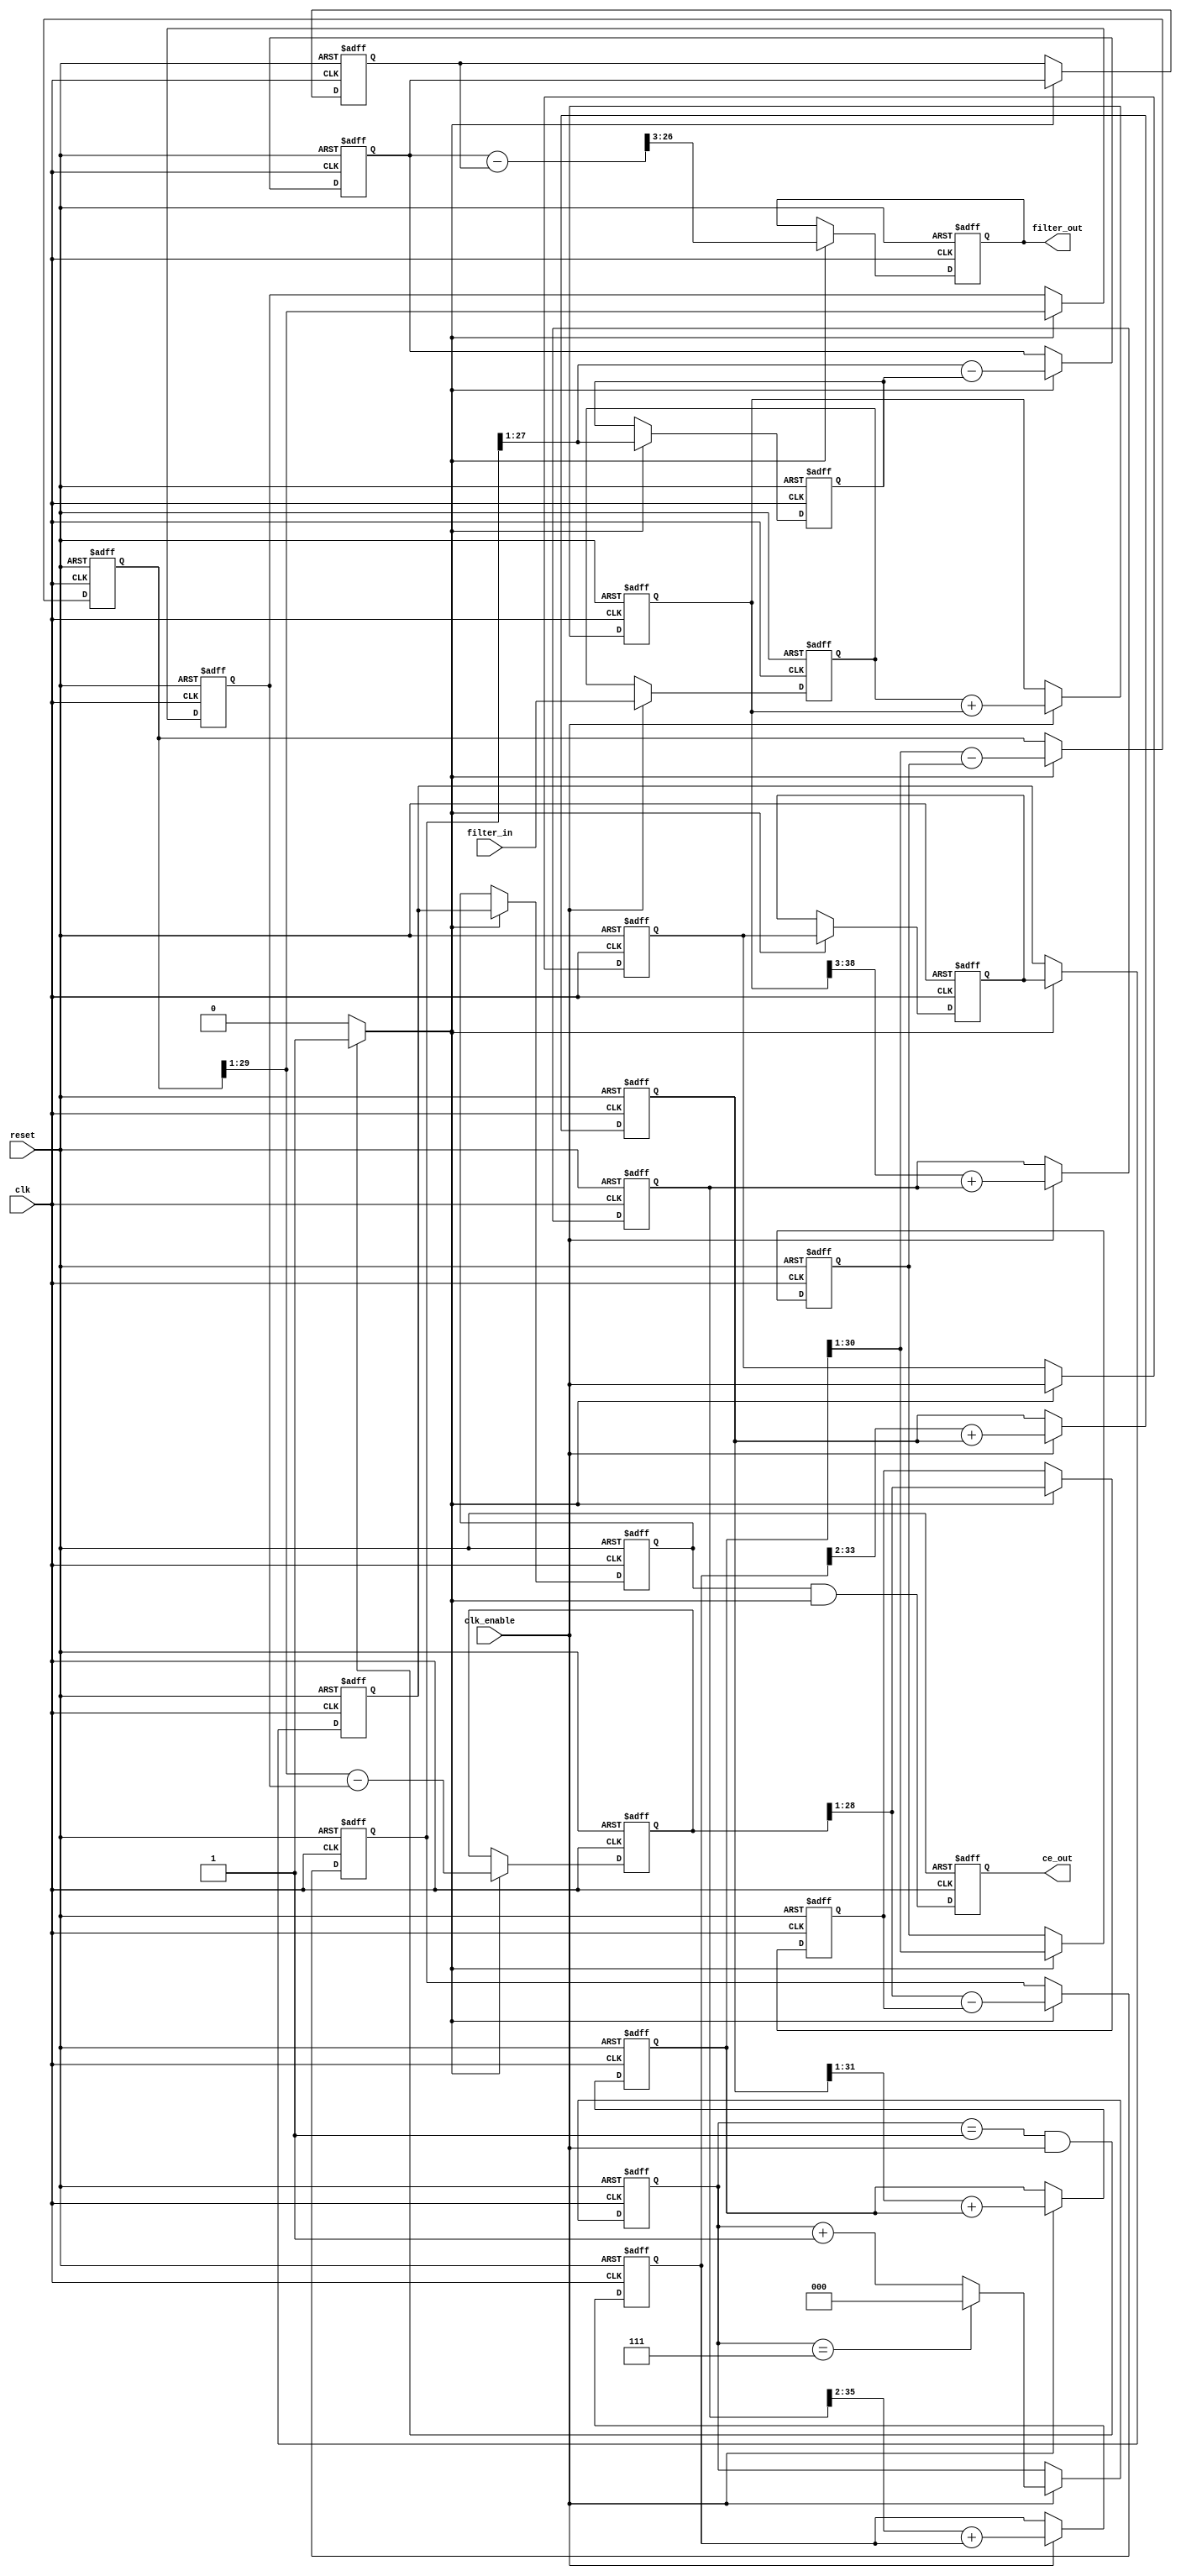
// -------------------------------------------------------------
//
// Module: cic_8_1_5_nofraction
//
// Generated by MATLAB(R) 7.2 and the Filter Design HDL Coder 1.4.
//
// Generated on: 2007-05-24 16:17:33
//
// -------------------------------------------------------------

// -------------------------------------------------------------
// HDL Code Generation Options:
//
// TargetLanguage: Verilog
// Name: cic_8_1_5_nofraction
// TargetDirectory: c:\HPSDR\trunk\VK6APH\Mercury\Matlab-files
// FIRAdderStyle: tree
// CoeffMultipliers: csd
// SerialPartition: -1
// AddPipelineRegisters: On
// CastBeforeSum: On
//
// Filter Settings:
//
// Discrete-Time FIR Multirate Filter (real)
// -----------------------------------------
// Filter Structure        : Cascaded Integrator-Comb Decimator
// Decimation Factor       : 8
// Differential Delay      : 1
// Number of Sections      : 5
// Stable                  : Yes
// Linear Phase            : Yes (Type 2)
//
// Input                   : s24,0
// Output                  : s24,-15
// Filter Internals        : Minimum Word Lengths
//   Integrator Section 1  : s39,0
//   Integrator Section 2  : s36,-3
//   Integrator Section 3  : s34,-5
//   Integrator Section 4  : s32,-7
//   Integrator Section 5  : s31,-8
//   Comb Section 1        : s30,-9
//   Comb Section 2        : s29,-10
//   Comb Section 3        : s28,-11
//   Comb Section 4        : s27,-12
//   Comb Section 5        : s27,-12
//
// Implementation Cost
// Number of Multipliers : 0
// Number of Adders      : 10
// Number of States      : 10
// MultPerInputSample    : 0
// AddPerInputSample     : 5.625
// -------------------------------------------------------------

`timescale 1 ns / 1 ns

module cic_8_1_5_nofraction 
               (
                clk,
                clk_enable,
                reset,
                filter_in,
                filter_out,
                ce_out
                );

  input   clk; 
  input   clk_enable; 
  input   reset; 
  input   signed [23:0] filter_in; //sfix24
  output  signed [23:0] filter_out; //sfix24_E15
  output  ce_out; 

////////////////////////////////////////////////////////////////
//Module Architecture: cic_8_1_5_nofraction
////////////////////////////////////////////////////////////////
  // Local Functions
  // Type Definitions
  // Constants
  // Signals
  reg  [2:0] cur_count; // ufix3
  wire phase_1; // boolean
  wire ce_delayline; // boolean
  reg  int_delay_pipe [0:3] ; // boolean
  wire ce_gated; // boolean
  reg  ce_out_reg; // boolean
  //   
  reg  signed [23:0] input_register; // sfix24
  //   -- Section 1 Signals 
  wire signed [23:0] section_in1; // sfix24
  wire signed [38:0] section_cast1; // sfix39
  wire signed [38:0] sum1; // sfix39
  reg  signed [38:0] section_out1; // sfix39
  wire signed [38:0] add_cast; // sfix39
  wire signed [38:0] add_cast_1; // sfix39
  wire signed [39:0] add_temp; // sfix40
  //   -- Section 2 Signals 
  wire signed [38:0] section_in2; // sfix39
  wire signed [35:0] section_cast2; // sfix36_E3
  wire signed [35:0] sum2; // sfix36_E3
  reg  signed [35:0] section_out2; // sfix36_E3
  wire signed [35:0] add_cast_2; // sfix36_E3
  wire signed [35:0] add_cast_3; // sfix36_E3
  wire signed [36:0] add_temp_1; // sfix37_E3
  //   -- Section 3 Signals 
  wire signed [35:0] section_in3; // sfix36_E3
  wire signed [33:0] section_cast3; // sfix34_E5
  wire signed [33:0] sum3; // sfix34_E5
  reg  signed [33:0] section_out3; // sfix34_E5
  wire signed [33:0] add_cast_4; // sfix34_E5
  wire signed [33:0] add_cast_5; // sfix34_E5
  wire signed [34:0] add_temp_2; // sfix35_E5
  //   -- Section 4 Signals 
  wire signed [33:0] section_in4; // sfix34_E5
  wire signed [31:0] section_cast4; // sfix32_E7
  wire signed [31:0] sum4; // sfix32_E7
  reg  signed [31:0] section_out4; // sfix32_E7
  wire signed [31:0] add_cast_6; // sfix32_E7
  wire signed [31:0] add_cast_7; // sfix32_E7
  wire signed [32:0] add_temp_3; // sfix33_E7
  //   -- Section 5 Signals 
  wire signed [31:0] section_in5; // sfix32_E7
  wire signed [30:0] section_cast5; // sfix31_E8
  wire signed [30:0] sum5; // sfix31_E8
  reg  signed [30:0] section_out5; // sfix31_E8
  wire signed [30:0] add_cast_8; // sfix31_E8
  wire signed [30:0] add_cast_9; // sfix31_E8
  wire signed [31:0] add_temp_4; // sfix32_E8
  //   -- Section 6 Signals 
  wire signed [30:0] section_in6; // sfix31_E8
  wire signed [29:0] section_cast6; // sfix30_E9
  reg  signed [29:0] diff1; // sfix30_E9
  wire signed [29:0] section_out6; // sfix30_E9
  wire signed [29:0] sub_cast; // sfix30_E9
  wire signed [29:0] sub_cast_1; // sfix30_E9
  wire signed [30:0] sub_temp; // sfix31_E9
  reg  signed [29:0] cic_pipeline6; // sfix30_E9
  //   -- Section 7 Signals 
  wire signed [29:0] section_in7; // sfix30_E9
  wire signed [28:0] section_cast7; // sfix29_E10
  reg  signed [28:0] diff2; // sfix29_E10
  wire signed [28:0] section_out7; // sfix29_E10
  wire signed [28:0] sub_cast_2; // sfix29_E10
  wire signed [28:0] sub_cast_3; // sfix29_E10
  wire signed [29:0] sub_temp_1; // sfix30_E10
  reg  signed [28:0] cic_pipeline7; // sfix29_E10
  //   -- Section 8 Signals 
  wire signed [28:0] section_in8; // sfix29_E10
  wire signed [27:0] section_cast8; // sfix28_E11
  reg  signed [27:0] diff3; // sfix28_E11
  wire signed [27:0] section_out8; // sfix28_E11
  wire signed [27:0] sub_cast_4; // sfix28_E11
  wire signed [27:0] sub_cast_5; // sfix28_E11
  wire signed [28:0] sub_temp_2; // sfix29_E11
  reg  signed [27:0] cic_pipeline8; // sfix28_E11
  //   -- Section 9 Signals 
  wire signed [27:0] section_in9; // sfix28_E11
  wire signed [26:0] section_cast9; // sfix27_E12
  reg  signed [26:0] diff4; // sfix27_E12
  wire signed [26:0] section_out9; // sfix27_E12
  wire signed [26:0] sub_cast_6; // sfix27_E12
  wire signed [26:0] sub_cast_7; // sfix27_E12
  wire signed [27:0] sub_temp_3; // sfix28_E12
  reg  signed [26:0] cic_pipeline9; // sfix27_E12
  //   -- Section 10 Signals 
  wire signed [26:0] section_in10; // sfix27_E12
  reg  signed [26:0] diff5; // sfix27_E12
  wire signed [26:0] section_out10; // sfix27_E12
  wire signed [26:0] sub_cast_8; // sfix27_E12
  wire signed [26:0] sub_cast_9; // sfix27_E12
  wire signed [27:0] sub_temp_4; // sfix28_E12
  wire signed [23:0] output_typeconvert; // sfix24_E15
  //   
  reg  signed [23:0] output_register; // sfix24_E15

  // Block Statements
  //   ------------------ CE Output Generation ------------------

  always @ (posedge clk or posedge reset)
    begin: ce_output
      if (reset == 1'b1) begin
        cur_count <= 3'b000;
      end
      else begin
        if (clk_enable == 1'b1) begin
          if (cur_count == 3'b111) begin
            cur_count <= 3'b000;
          end
          else begin
            cur_count <= cur_count + 1;
          end
        end
      end
    end // ce_output

  assign  phase_1 = (cur_count == 3'b001 && clk_enable == 1'b1)? 1 : 0;

  always @( posedge clk or posedge reset)
    begin: ce_delay
      if (reset == 1'b1) begin
        int_delay_pipe[0] <= 1'b0;
        int_delay_pipe[1] <= 1'b0;
        int_delay_pipe[2] <= 1'b0;
        int_delay_pipe[3] <= 1'b0;
      end
      else begin
        if (phase_1 == 1'b1) begin
        int_delay_pipe[0] <= clk_enable;
        int_delay_pipe[1] <= int_delay_pipe[0];
        int_delay_pipe[2] <= int_delay_pipe[1];
        int_delay_pipe[3] <= int_delay_pipe[2];
        end
      end
    end // ce_delay

    assign ce_delayline = int_delay_pipe[3];
  assign ce_gated =  ce_delayline & phase_1;

  //   ------------------ CE Output Register ------------------

  always @ (posedge clk or posedge reset)
    begin: ce_output_register
      if (reset == 1'b1) begin
        ce_out_reg <= 1'b0;
      end
      else begin
          ce_out_reg <= ce_gated;
      end
    end // ce_output_register

  //   ------------------ Input Register ------------------

  always @ (posedge clk or posedge reset)
    begin: input_reg_process
      if (reset == 1'b1) begin
        input_register <= 0;
      end
      else begin
        if (clk_enable == 1'b1) begin
          input_register <= filter_in;
        end
      end
    end // input_reg_process

  //   ------------------ Section # 1 : Integrator ------------------

  assign section_in1 = input_register;

  assign section_cast1 = $signed({{15{section_in1[23]}}, section_in1});

  assign add_cast = section_cast1;
  assign add_cast_1 = section_out1;
  assign add_temp = add_cast + add_cast_1;
  assign sum1 = add_temp[38:0];

  always @ (posedge clk or posedge reset)
    begin: integrator_delay_section1
      if (reset == 1'b1) begin
        section_out1 <= 0;
      end
      else begin
        if (clk_enable == 1'b1) begin
          section_out1 <= sum1;
        end
      end
    end // integrator_delay_section1

  //   ------------------ Section # 2 : Integrator ------------------

  assign section_in2 = section_out1;

  assign section_cast2 = section_in2[38:3];

  assign add_cast_2 = section_cast2;
  assign add_cast_3 = section_out2;
  assign add_temp_1 = add_cast_2 + add_cast_3;
  assign sum2 = add_temp_1[35:0];

  always @ (posedge clk or posedge reset)
    begin: integrator_delay_section2
      if (reset == 1'b1) begin
        section_out2 <= 0;
      end
      else begin
        if (clk_enable == 1'b1) begin
          section_out2 <= sum2;
        end
      end
    end // integrator_delay_section2

  //   ------------------ Section # 3 : Integrator ------------------

  assign section_in3 = section_out2;

  assign section_cast3 = section_in3[35:2];

  assign add_cast_4 = section_cast3;
  assign add_cast_5 = section_out3;
  assign add_temp_2 = add_cast_4 + add_cast_5;
  assign sum3 = add_temp_2[33:0];

  always @ (posedge clk or posedge reset)
    begin: integrator_delay_section3
      if (reset == 1'b1) begin
        section_out3 <= 0;
      end
      else begin
        if (clk_enable == 1'b1) begin
          section_out3 <= sum3;
        end
      end
    end // integrator_delay_section3

  //   ------------------ Section # 4 : Integrator ------------------

  assign section_in4 = section_out3;

  assign section_cast4 = section_in4[33:2];

  assign add_cast_6 = section_cast4;
  assign add_cast_7 = section_out4;
  assign add_temp_3 = add_cast_6 + add_cast_7;
  assign sum4 = add_temp_3[31:0];

  always @ (posedge clk or posedge reset)
    begin: integrator_delay_section4
      if (reset == 1'b1) begin
        section_out4 <= 0;
      end
      else begin
        if (clk_enable == 1'b1) begin
          section_out4 <= sum4;
        end
      end
    end // integrator_delay_section4

  //   ------------------ Section # 5 : Integrator ------------------

  assign section_in5 = section_out4;

  assign section_cast5 = section_in5[31:1];

  assign add_cast_8 = section_cast5;
  assign add_cast_9 = section_out5;
  assign add_temp_4 = add_cast_8 + add_cast_9;
  assign sum5 = add_temp_4[30:0];

  always @ (posedge clk or posedge reset)
    begin: integrator_delay_section5
      if (reset == 1'b1) begin
        section_out5 <= 0;
      end
      else begin
        if (clk_enable == 1'b1) begin
          section_out5 <= sum5;
        end
      end
    end // integrator_delay_section5

  //   ------------------ Section # 6 : Comb ------------------

  assign section_in6 = section_out5;

  assign section_cast6 = section_in6[30:1];

  assign sub_cast = section_cast6;
  assign sub_cast_1 = diff1;
  assign sub_temp = sub_cast - sub_cast_1;
  assign section_out6 = sub_temp[29:0];

  always @ (posedge clk or posedge reset)
    begin: comb_delay_section6
      if (reset == 1'b1) begin
        diff1 <= 0;
      end
      else begin
        if (phase_1 == 1'b1) begin
          diff1 <= section_cast6;
        end
      end
    end // comb_delay_section6

  always @ (posedge clk or posedge reset)
    begin: cic_pipeline_process_section6
      if (reset == 1'b1) begin
        cic_pipeline6 <= 0;
      end
      else begin
        if (phase_1 == 1'b1) begin
          cic_pipeline6 <= section_out6;
        end
      end
    end // cic_pipeline_process_section6

  //   ------------------ Section # 7 : Comb ------------------

  assign section_in7 = cic_pipeline6;

  assign section_cast7 = section_in7[29:1];

  assign sub_cast_2 = section_cast7;
  assign sub_cast_3 = diff2;
  assign sub_temp_1 = sub_cast_2 - sub_cast_3;
  assign section_out7 = sub_temp_1[28:0];

  always @ (posedge clk or posedge reset)
    begin: comb_delay_section7
      if (reset == 1'b1) begin
        diff2 <= 0;
      end
      else begin
        if (phase_1 == 1'b1) begin
          diff2 <= section_cast7;
        end
      end
    end // comb_delay_section7

  always @ (posedge clk or posedge reset)
    begin: cic_pipeline_process_section7
      if (reset == 1'b1) begin
        cic_pipeline7 <= 0;
      end
      else begin
        if (phase_1 == 1'b1) begin
          cic_pipeline7 <= section_out7;
        end
      end
    end // cic_pipeline_process_section7

  //   ------------------ Section # 8 : Comb ------------------

  assign section_in8 = cic_pipeline7;

  assign section_cast8 = section_in8[28:1];

  assign sub_cast_4 = section_cast8;
  assign sub_cast_5 = diff3;
  assign sub_temp_2 = sub_cast_4 - sub_cast_5;
  assign section_out8 = sub_temp_2[27:0];

  always @ (posedge clk or posedge reset)
    begin: comb_delay_section8
      if (reset == 1'b1) begin
        diff3 <= 0;
      end
      else begin
        if (phase_1 == 1'b1) begin
          diff3 <= section_cast8;
        end
      end
    end // comb_delay_section8

  always @ (posedge clk or posedge reset)
    begin: cic_pipeline_process_section8
      if (reset == 1'b1) begin
        cic_pipeline8 <= 0;
      end
      else begin
        if (phase_1 == 1'b1) begin
          cic_pipeline8 <= section_out8;
        end
      end
    end // cic_pipeline_process_section8

  //   ------------------ Section # 9 : Comb ------------------

  assign section_in9 = cic_pipeline8;

  assign section_cast9 = section_in9[27:1];

  assign sub_cast_6 = section_cast9;
  assign sub_cast_7 = diff4;
  assign sub_temp_3 = sub_cast_6 - sub_cast_7;
  assign section_out9 = sub_temp_3[26:0];

  always @ (posedge clk or posedge reset)
    begin: comb_delay_section9
      if (reset == 1'b1) begin
        diff4 <= 0;
      end
      else begin
        if (phase_1 == 1'b1) begin
          diff4 <= section_cast9;
        end
      end
    end // comb_delay_section9

  always @ (posedge clk or posedge reset)
    begin: cic_pipeline_process_section9
      if (reset == 1'b1) begin
        cic_pipeline9 <= 0;
      end
      else begin
        if (phase_1 == 1'b1) begin
          cic_pipeline9 <= section_out9;
        end
      end
    end // cic_pipeline_process_section9

  //   ------------------ Section # 10 : Comb ------------------

  assign section_in10 = cic_pipeline9;

  assign sub_cast_8 = section_in10;
  assign sub_cast_9 = diff5;
  assign sub_temp_4 = sub_cast_8 - sub_cast_9;
  assign section_out10 = sub_temp_4[26:0];

  always @ (posedge clk or posedge reset)
    begin: comb_delay_section10
      if (reset == 1'b1) begin
        diff5 <= 0;
      end
      else begin
        if (phase_1 == 1'b1) begin
          diff5 <= section_in10;
        end
      end
    end // comb_delay_section10

  assign output_typeconvert = section_out10[26:3];

  //   ------------------ Output Register ------------------

  always @ (posedge clk or posedge reset)
    begin: output_reg_process
      if (reset == 1'b1) begin
        output_register <= 0;
      end
      else begin
        if (phase_1 == 1'b1) begin
          output_register <= output_typeconvert;
        end
      end
    end // output_reg_process

  // Assignment Statements
  assign ce_out = ce_out_reg;
  assign filter_out = output_register;
endmodule  // cic_8_1_5_nofraction